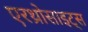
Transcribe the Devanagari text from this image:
एरथ्रोसाइट्स